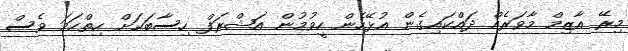
މިރޭ އާޒިމް މާވަރެއް ދައްކައިގެން އުޅޭހެން ހީވުމުން އަޝްރަފް ހިސާބަކަށް ހިތްހަމަ ވެސް